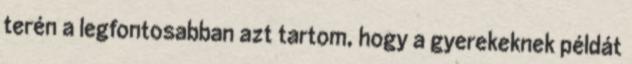
terén a legfontosabban azt tartom, hogy a gyerekeknek példát